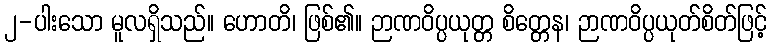
၂-ပါးသော မူလရှိသည်။ ဟောတိ၊ ဖြစ်၏။ ဉာဏဝိပ္ပယုတ္တ စိတ္တေန၊ ဉာဏဝိပ္ပယုတ်စိတ်ဖြင့်